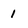
Character: 1